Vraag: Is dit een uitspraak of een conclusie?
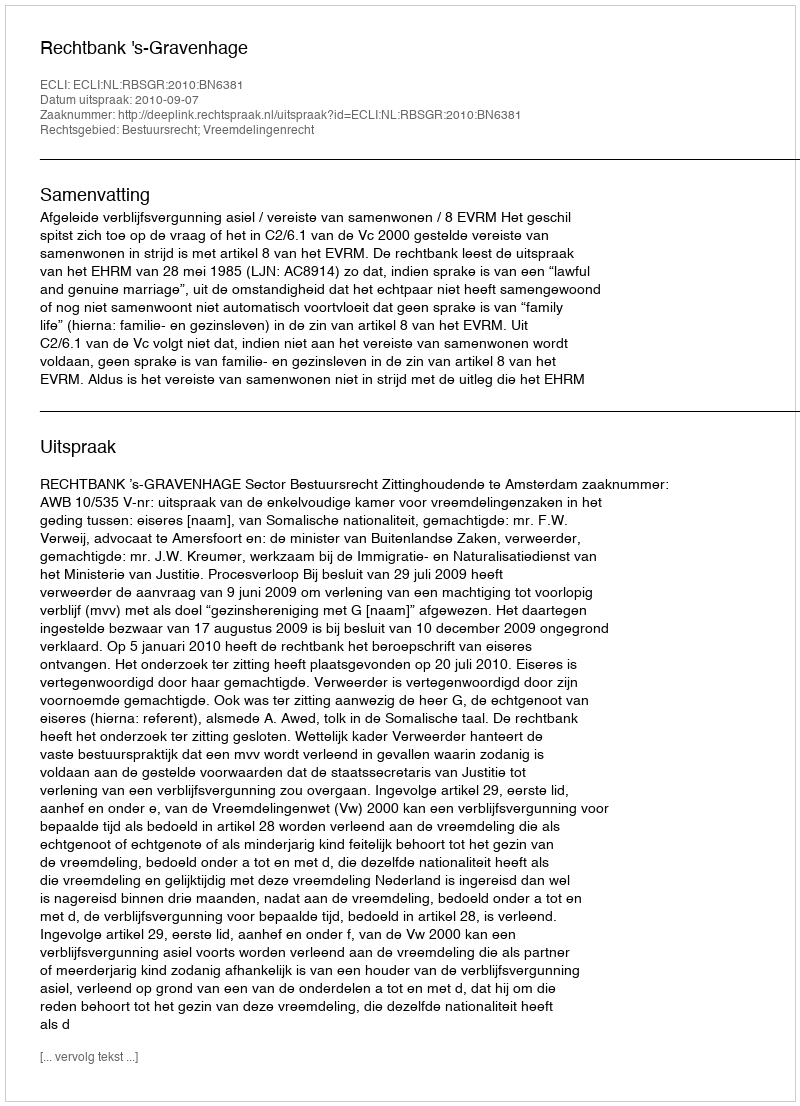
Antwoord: Uitspraak